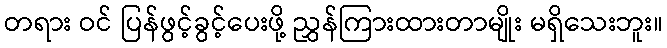
တရား ဝင် ပြန်ဖွင့်ခွင့်ပေးဖို့ ညွှန်ကြားထားတာမျိုး မရှိသေးဘူး။